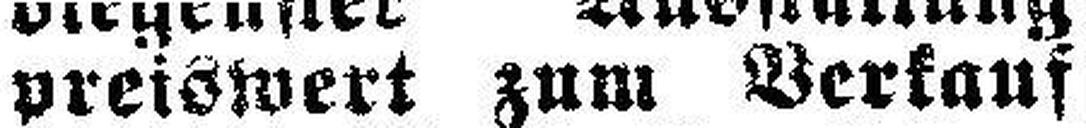
preiswert zum Verkauf